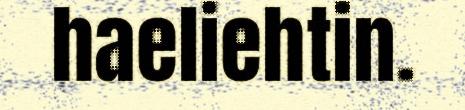
haeliehtin.